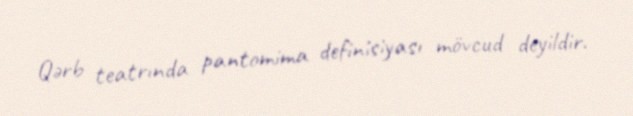
Qərb teatrında pantomima definisiyası mövcud deyildir.